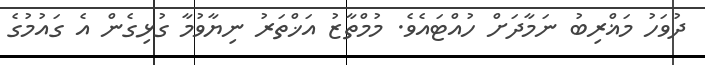
ދުވަހު މަޣްރިބު ނަމާދަށް ހުއްޓައެވެ. މުމްތާޒު އަޚްތަރު ނިޔާވުމާ ގުޅިގެން އެ ގައުމުގެ